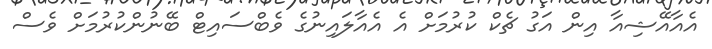
އެއާއޭޝިއާ އިން އަގު ޗެކް ކުރުމަށް އެ އެއާލައިނުގެ ވެބްސައިޓް ބޭނުންކުރުމަށް ވެސް